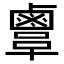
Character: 𪉫